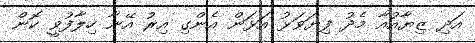
އަދި ޒިޔާއުއާ މެދު ފިޔަވަޅު އަޅަން އެންގި އިރު އޭނާ ހިލާފުވީ ކޮން